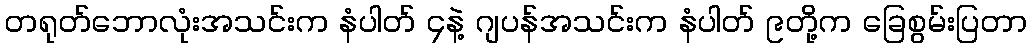
တရုတ်ဘောလုံးအသင်းက နံပါတ် ၄နဲ့ ဂျပန်အသင်းက နံပါတ် ၉တို့က ခြေစွမ်းပြတာ